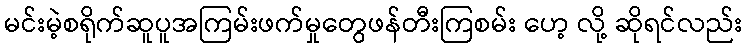
မင်းမဲ့စရိုက်ဆူပူအကြမ်းဖက်မှုတွေဖန်တီးကြစမ်း ဟေ့ လို့ ဆိုရင်လည်း